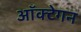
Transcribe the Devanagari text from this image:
ऑक्टेगन